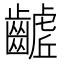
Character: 𮯓